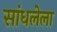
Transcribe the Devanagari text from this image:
सांधलेला